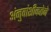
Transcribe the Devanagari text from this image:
अंनुवांशीकतेने